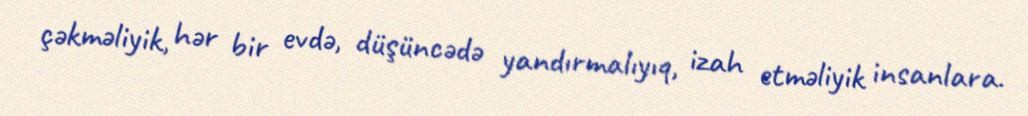
çəkməliyik, hər bir evdə, düşüncədə yandırmalıyıq, izah etməliyik insanlara.